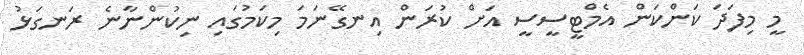
މީ މިފަދަ ކަންކަން އެމްޓީސީސީ އަށް ކުރަން އިނގޭނަމަ މިކަމުގައި ނިކުންނާނެ ރަނގަޅު